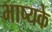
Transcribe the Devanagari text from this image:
भाष्यके